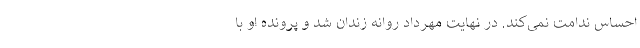
احساس ندامت نمی‌کند. در نهایت مهرداد روانه زندان شد و پرونده او با